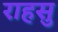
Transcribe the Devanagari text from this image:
राहसु